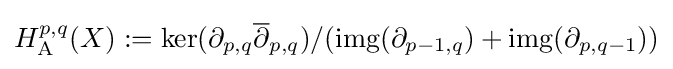
H_{\mathrm {A} }^{p,q}(X):=\ker(\partial _{p,q}{\overline {\partial }}_{p,q})/(\operatorname {img} (\partial _{p-1,q})+\operatorname {img} (\partial _{p,q-1}))